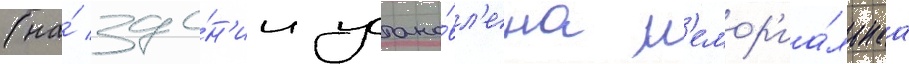
(на́ зда́н'ии устано́вл'ена м'емор'иа́льнаа